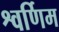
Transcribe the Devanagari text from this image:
श्वर्णिम